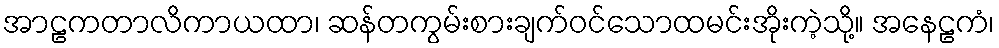
အာဠကတာလိကာယထာ၊ ဆန်တကွမ်းစားချက်ဝင်သောထမင်းအိုးကဲ့သို့။ အနေဠကံ၊